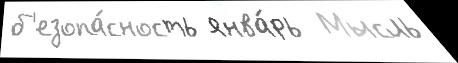
б'езопа́сность янва́рь  Мысль